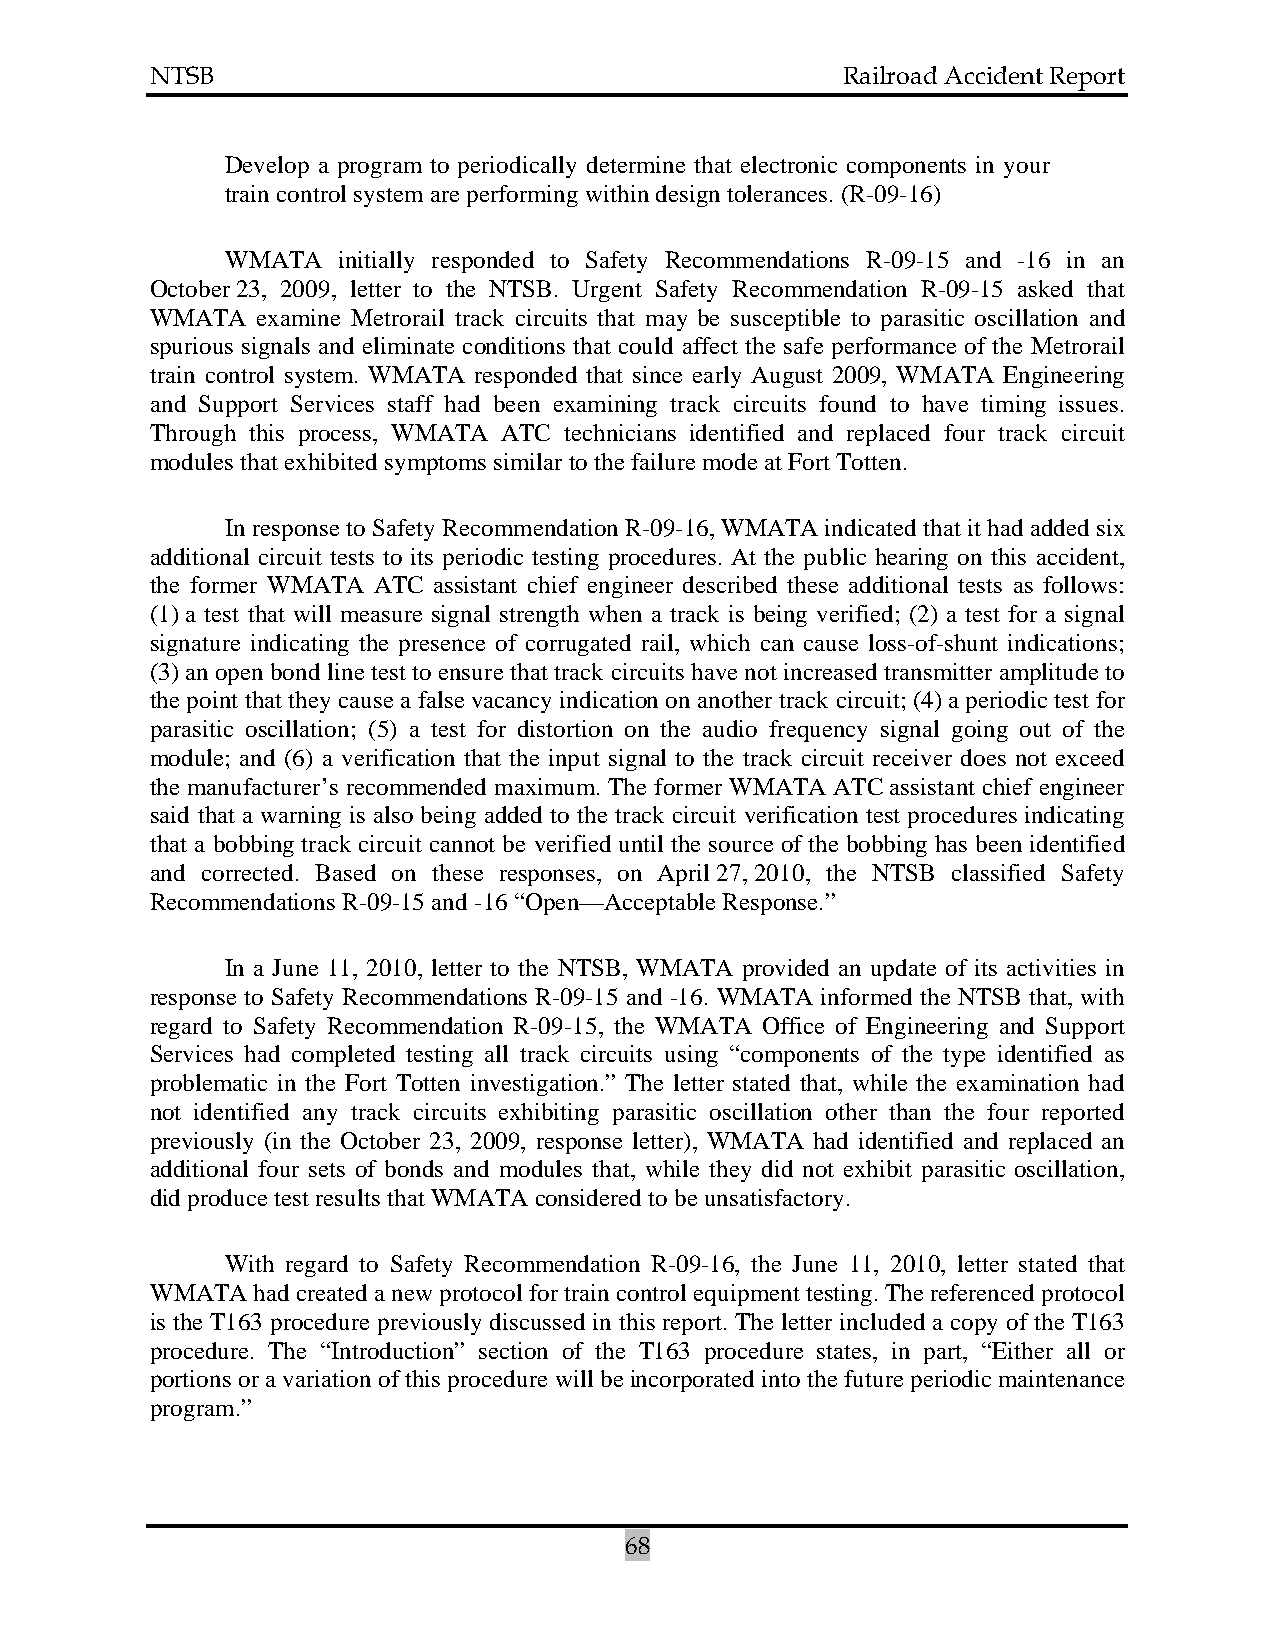
NTSB                                          Railroad Accident Report
 Develop a program to periodically determine that electronic components in your
 train control system are performing within design tolerances. (R-09-16)
 WMATA  initially responded to Safety Recommendations R-09-15 and -16 in an
 October 23, 2009, letter to the NTSB. Urgent Safety Recommendation R-09-15 asked that
 WMATA  examine Metrorail track circuits that may be susceptible to parasitic oscillation and
 spurious signals and eliminate conditions that could affect the safe performance of the Metrorail
 train control system. WMATA responded that since early August 2009, WMATA Engineering
 and Support Services staff had been examining track circuits found to have timing issues.
 Through this process, WMATA ATC technicians identified and replaced four track circuit
 modules that exhibited symptoms similar to the failure mode at Fort Totten.
 In response to Safety Recommendation R-09-16, WMATA indicated that it had added six
 additional circuit tests to its periodic testing procedures. At the public hearing on this accident,
 the former WMATA ATC assistant chief engineer described these additional tests as follows:
 (1) a test that will measure signal strength when a track is being verified; (2) a test for a signal
 signature indicating the presence of corrugated rail, which can cause loss-of-shunt indications;
 (3) an open bond line test to ensure that track circuits have not increased transmitter amplitude to
 the point that they cause a false vacancy indication on another track circuit; (4) a periodic test for
 parasitic oscillation; (5) a test for distortion on the audio frequency signal going out of the
 module; and (6) a verification that the input signal to the track circuit receiver does not exceed
 the manufacturer’s recommended maximum. The former WMATA ATC assistant chief engineer
 said that a warning is also being added to the track circuit verification test procedures indicating
 that a bobbing track circuit cannot be verified until the source of the bobbing has been identified
 and corrected. Based on these responses, on April 27, 2010, the NTSB classified Safety
 Recommendations R-09-15 and -16 “Open—Acceptable Response.”
 In a June 11, 2010, letter to the NTSB, WMATA provided an update of its activities in
 response to Safety Recommendations R-09-15 and -16. WMATA informed the NTSB that, with
 regard to Safety Recommendation R-09-15, the WMATA Office of Engineering and Support
 Services had completed testing all track circuits using “components of the type identified as
 problematic in the Fort Totten investigation.” The letter stated that, while the examination had
 not identified any track circuits exhibiting parasitic oscillation other than the four reported
 previously (in the October 23, 2009, response letter), WMATA had identified and replaced an
 additional four sets of bonds and modules that, while they did not exhibit parasitic oscillation,
 did produce test results that WMATA considered to be unsatisfactory.
 With regard to Safety Recommendation R-09-16, the June 11, 2010, letter stated that
 WMATA  had created a new protocol for train control equipment testing. The referenced protocol
 is the T163 procedure previously discussed in this report. The letter included a copy of the T163
 procedure. The “Introduction” section of the T163 procedure states, in part, “Either all or
 portions or a variation of this procedure will be incorporated into the future periodic maintenance
 program.”
 68